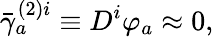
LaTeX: \bar{\gamma}_{a}^{(2)i}\equiv D^{i}\varphi_{a}\approx 0,